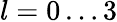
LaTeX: l=0\dots 3